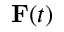
\mathbf { F } ( t )